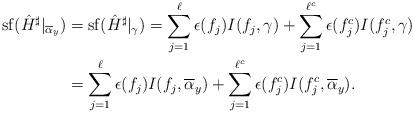
LaTeX: \begin{align*}\mathrm{sf}(\hat{H}^\sharp|_{\overline{\alpha}_y})&= \mathrm{sf}(\hat{H}^\sharp|_{\gamma}) = \sum_{j = 1}^\ell \epsilon(f_j) I(f_j, \gamma)+ \sum_{j = 1}^{\ell^c} \epsilon(f^c_j) I(f^c_j, \gamma) \\&= \sum_{j = 1}^\ell \epsilon(f_j) I(f_j, \overline{\alpha}_y)+ \sum_{j = 1}^{\ell^c} \epsilon(f^c_j) I(f^c_j, \overline{\alpha}_y).\end{align*}